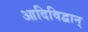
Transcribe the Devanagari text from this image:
आदिविद्वान्‌